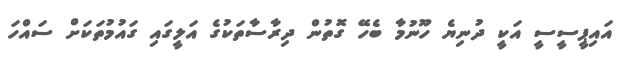
އައިޕީސީސީ އަކީ ދުނިޔެ ހޫނުމާ ބެހޭ ގޮތުން ދިރާސާތަކުގެ އަލީގައި ގައުމުތަކަށް ސައްހަ